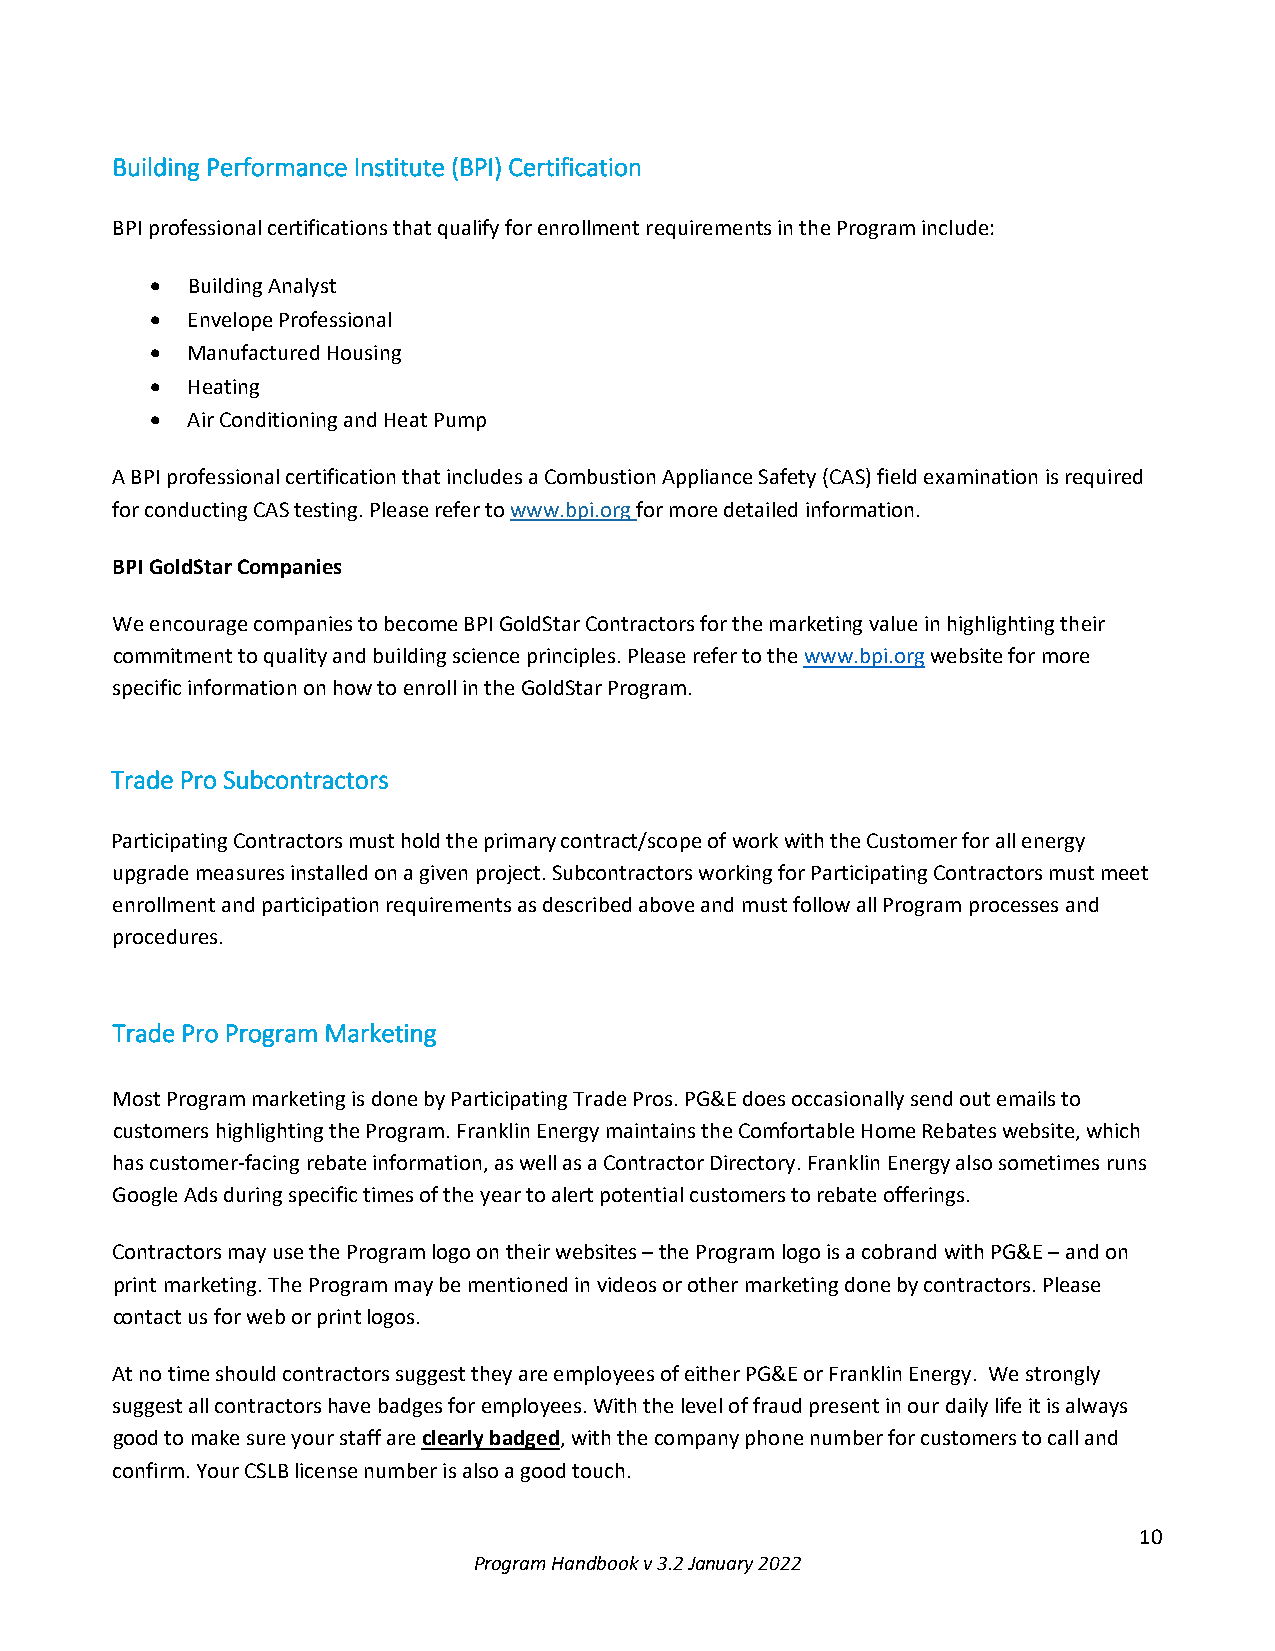
Building Performance Institute (BPI) Certification
 BPI professional certifications that qualify for enrollment requirements in the Program include:
 • Building Analyst
 • Envelope Professional
 • Manufactured Housing
 • Heating
 • Air Conditioning and Heat Pump
 A BPI professional certification that includes a Combustion Appliance Safety (CAS) field examination is required
 for conducting CAS testing. Please refer to www.bpi.org for more detailed information.
 BPI GoldStar Companies
 We encourage companies to become BPI GoldStar Contractors for the marketing value in highlighting their
 commitment to quality and building science principles. Please refer to the www.bpi.org website for more
 specific information on how to enroll in the GoldStar Program.
 Trade Pro Subcontractors
 Participating Contractors must hold the primary contract/scope of work with the Customer for all energy
 upgrade measures installed on a given project. Subcontractors working for Participating Contractors must meet
 enrollment and participation requirements as described above and must follow all Program processes and
 procedures.
 Trade Pro Program Marketing
 Most Program marketing is done by Participating Trade Pros. PG&E does occasionally send out emails to
 customers highlighting the Program. Franklin Energy maintains the Comfortable Home Rebates website, which
 has customer-facing rebate information, as well as a Contractor Directory. Franklin Energy also sometimes runs
 Google Ads during specific times of the year to alert potential customers to rebate offerings.
 Contractors may use the Program logo on their websites – the Program logo is a cobrand with PG&E – and on
 print marketing. The Program may be mentioned in videos or other marketing done by contractors. Please
 contact us for web or print logos.
 At no time should contractors suggest they are employees of either PG&E or Franklin Energy. We strongly
 suggest all contractors have badges for employees. With the level of fraud present in our daily life it is always
 good to make sure your staff are clearly badged, with the company phone number for customers to call and
 confirm. Your CSLB license number is also a good touch.
 10
 Program Handbook v 3.2 January 2022